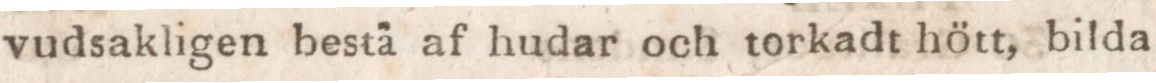
vudsakligen bestä af hudar och torkadt hött, bilda